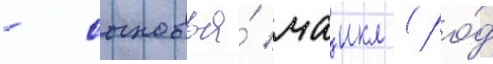
- сыновья́ маикл (ро́д